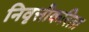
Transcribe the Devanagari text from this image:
निवृत्तीकरिता